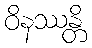
ဝိနဿန္တိ